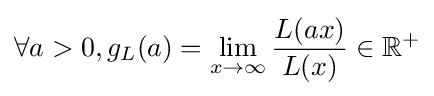
\forall a>0,g_{L}(a)=\lim _{x\to \infty }{\frac {L(ax)}{L(x)}}\in \mathbb {R} ^{+}